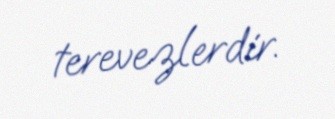
terevezlerdir.